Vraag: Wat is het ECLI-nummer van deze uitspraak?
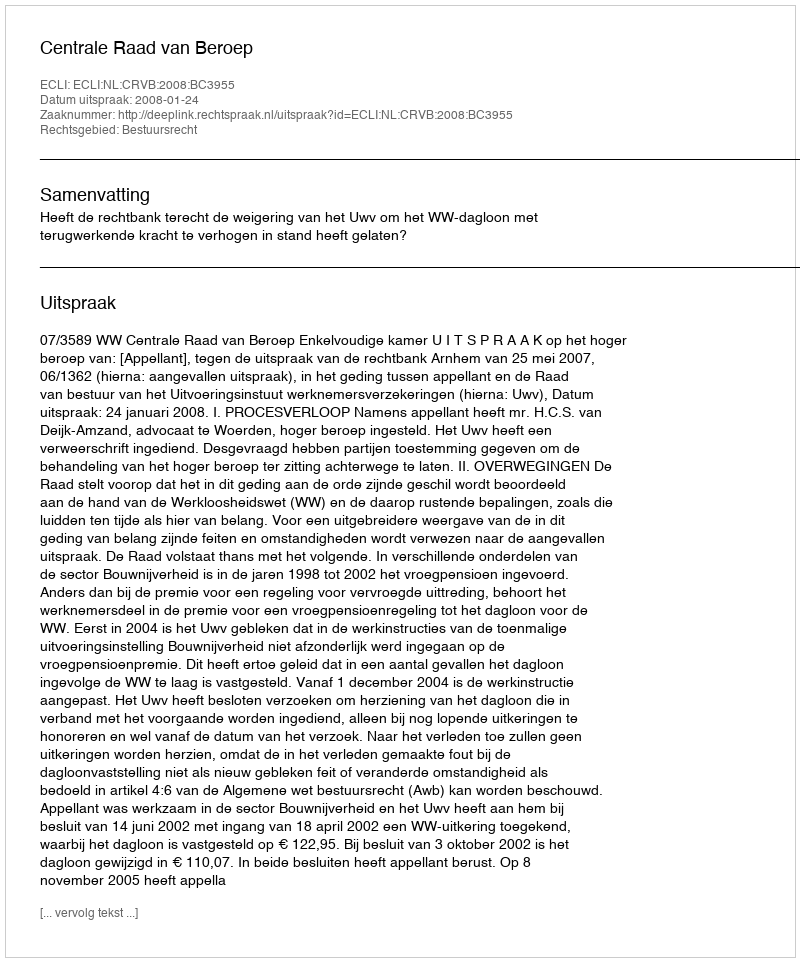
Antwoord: ECLI:NL:CRVB:2008:BC3955